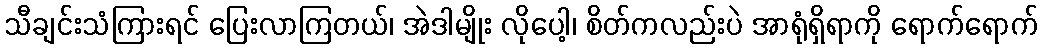
သီချင်းသံကြားရင် ပြေးလာကြတယ်၊ အဲဒါမျိုး လိုပေါ့၊ စိတ်ကလည်းပဲ အာရုံရှိရာကို ရောက်ရောက်